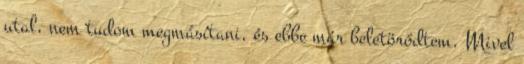
utal, nem tudom megmásítani, és ebbe már beletörődtem. Mivel